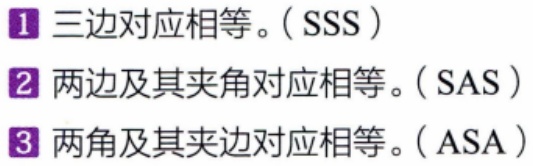
1. 三边对应相等。（SSS）
2. 两边及其夹角对应相等。（SAS）
3. 两角及其夹边对应相等。（ASA）